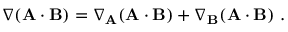
\nabla ( \mathbf { A } \cdot \mathbf { B } ) = \nabla _ { \mathbf { A } } ( \mathbf { A } \cdot \mathbf { B } ) + \nabla _ { \mathbf { B } } ( \mathbf { A } \cdot \mathbf { B } ) \ .